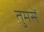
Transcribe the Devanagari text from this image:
तुमसें